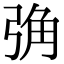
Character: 𢏧